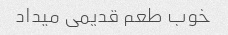
خوب طعم قدیمی میداد